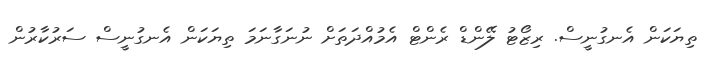
ތިޔަކަން އެނގުނީސް. ރިޒޯޓު ލޭންޑް ރެންޓް އެމުއްދަތަށް ނުނަގާނަމަ ތިޔަކަން އެނގުނީސް ސަރުކާރުން